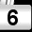
Digit: 6